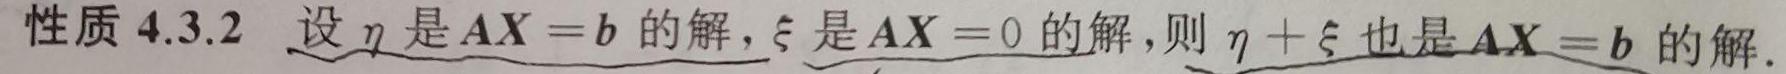
性质 4.3.2 设$\eta$是$\boldsymbol{A}\boldsymbol{X}=\boldsymbol{b}$的解，$\xi$是$\boldsymbol{A}\boldsymbol{X}=0$的解，则$\eta+\xi$也是$\boldsymbol{A}\boldsymbol{X}=\boldsymbol{b}$的解.